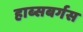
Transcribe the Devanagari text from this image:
हाब्सबर्गस